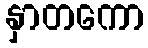
နှာတကော